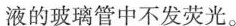
液的玻璃管中不发荧光。